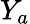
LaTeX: Y_{a}